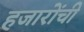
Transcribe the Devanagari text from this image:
हजारोंची